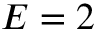
E = 2